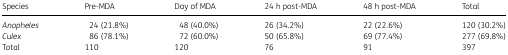
| Species | Pre-MDA | Day of MDA | 24 h post-MDA | 48 h post-MDA | Total |
 | --- | --- | --- | --- | --- | --- |
 | Anopheles | 24 (21.8%) | 48 (40.0%) | 26 (34.2%) | 22 (22.6%) | 120 (30.2%) |
 | Culex | 86 (78.1%) | 72 (60.0%) | 50 (65.8%) | 69 (77.4%) | 277 (69.8%) |
 | Total | 110 | 120 | 76 | 91 | 397 |